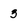
Character: 3